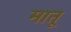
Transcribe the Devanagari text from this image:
मातू